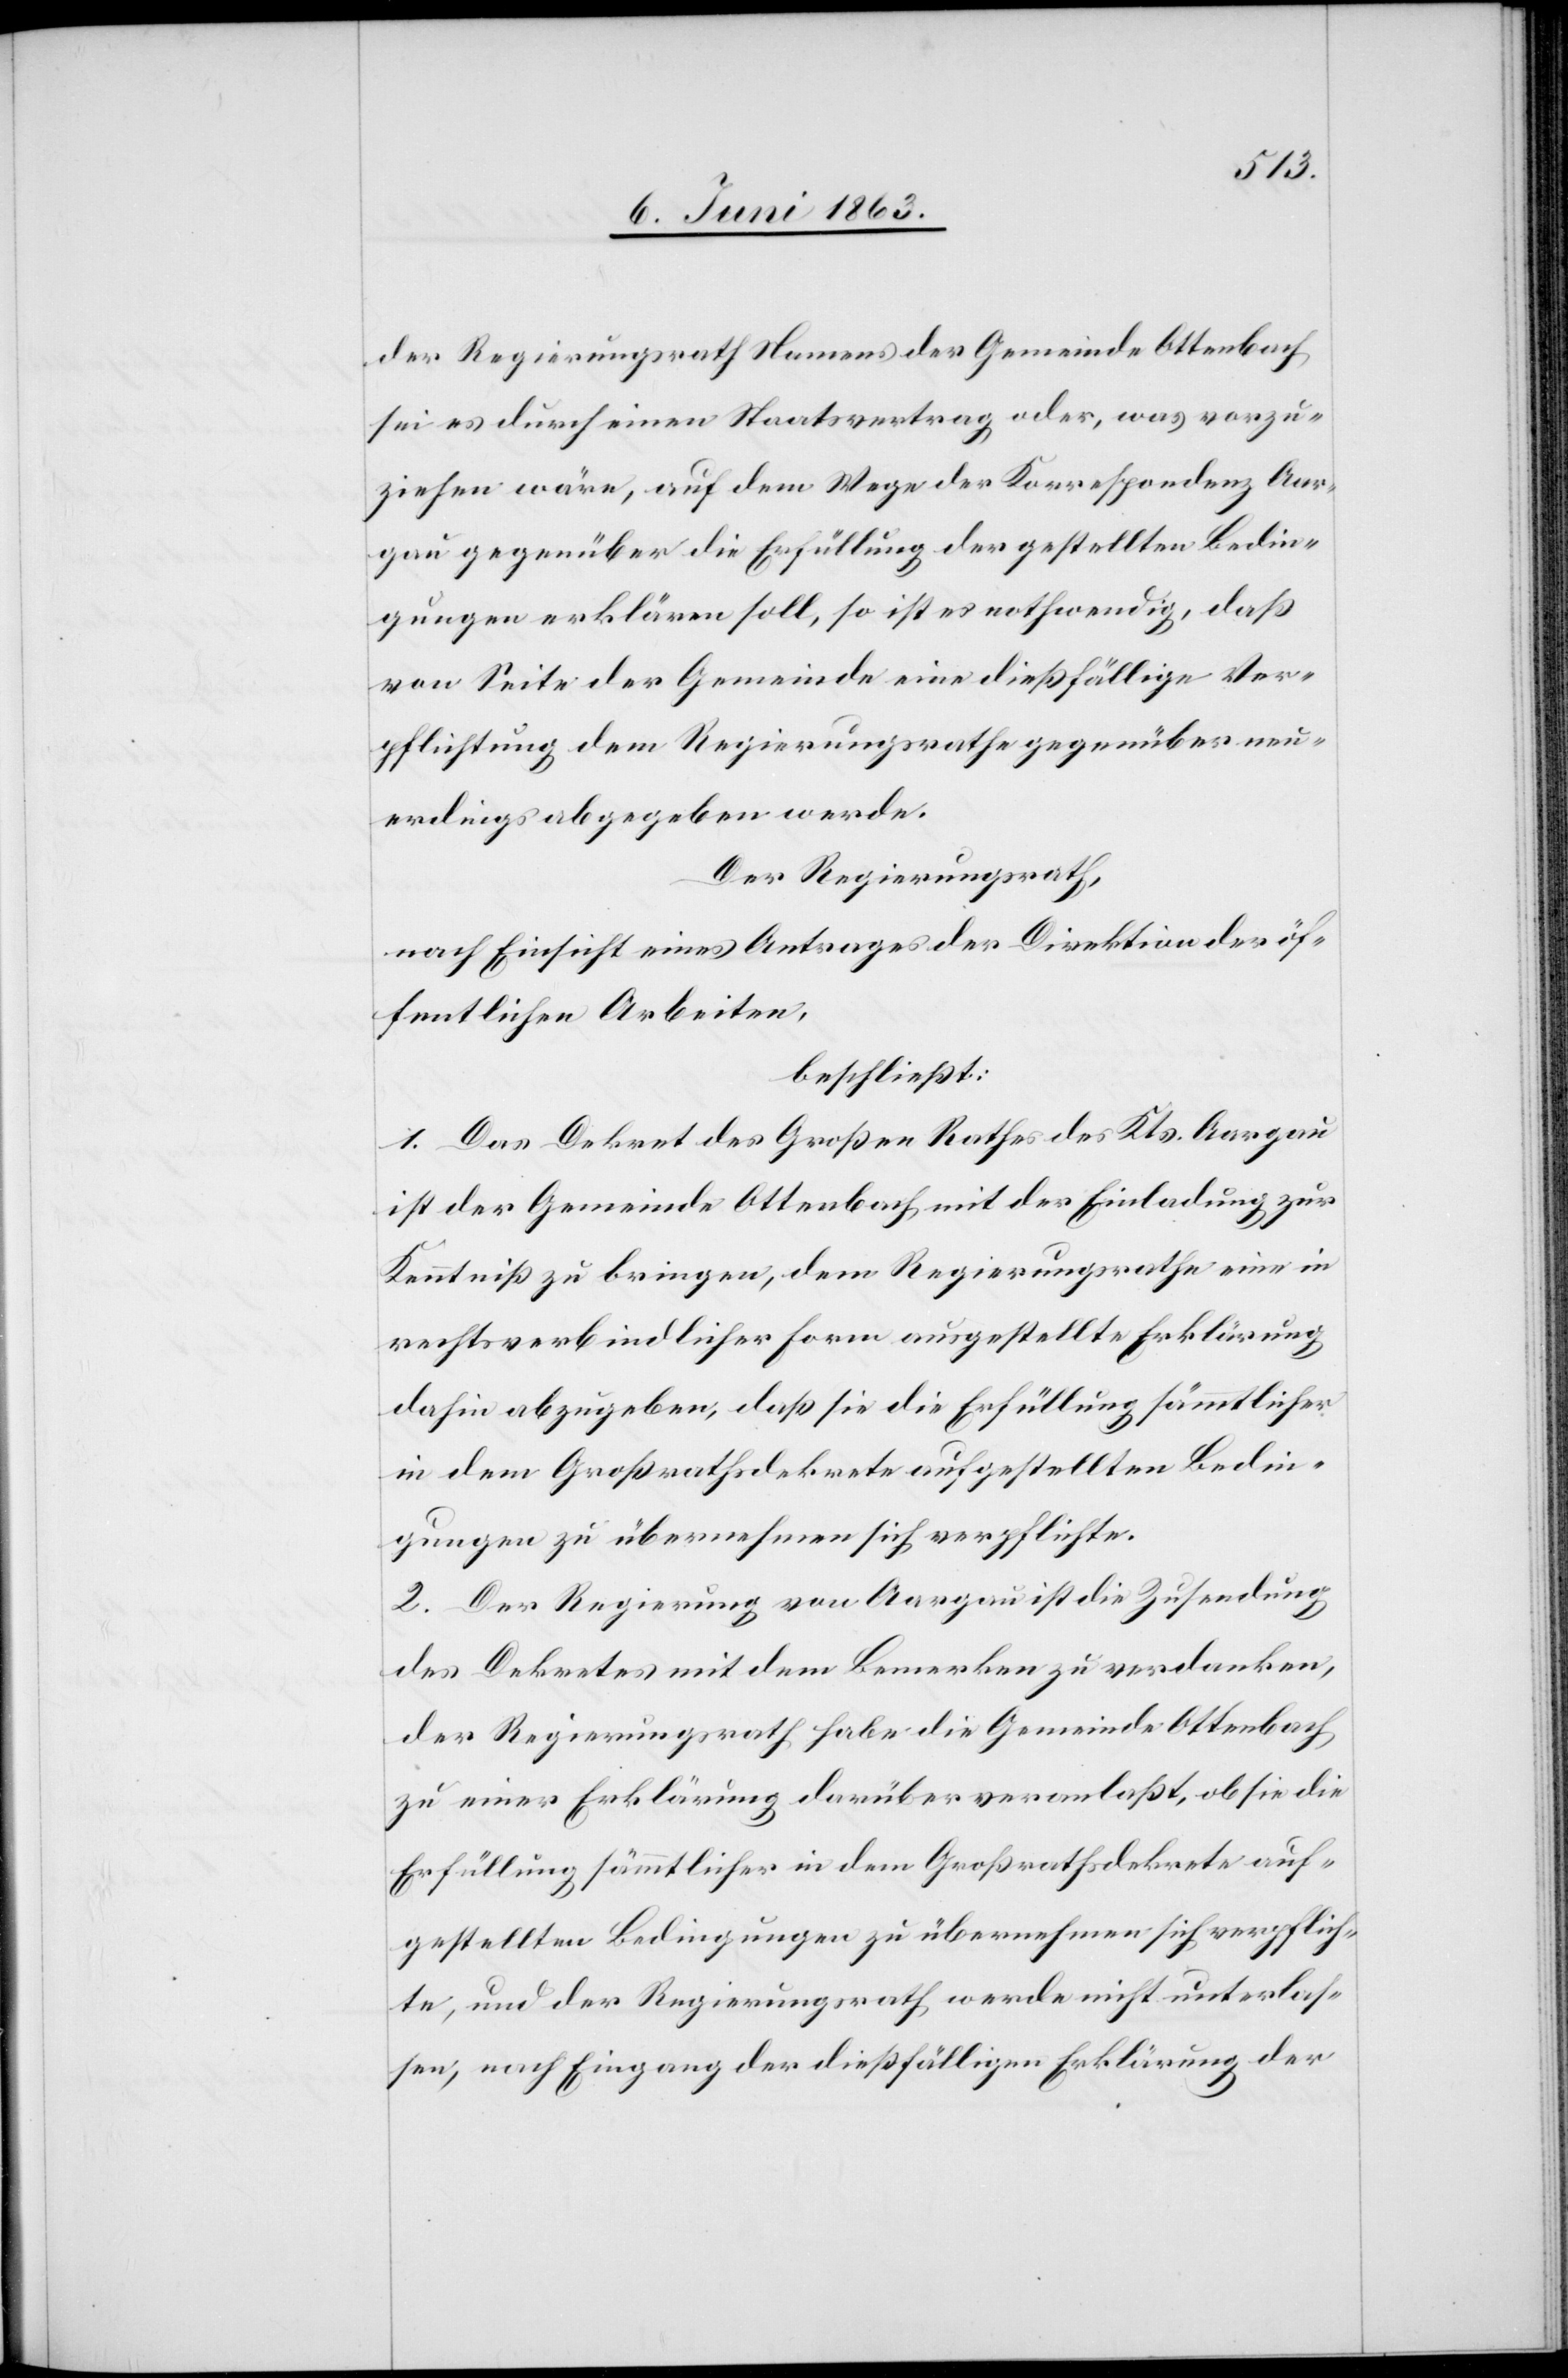
der Regierungsrath Namens der Gemeinde Ottenbach
sei es durch einen Staatsvertrag oder, was vorzu¬
ziehen wäre, auf dem Wege der Korrespondenz Aar¬
gau gegenüber die Erfüllung der gestellten Bedin¬
gungen erklären soll, so ist es nothwendig, daß
von Seite der Gemeinde eine dießfällige Ver¬
pflichtung dem Regierungsrathe gegenüber neu¬
erdings abgegeben werde.
Der Regierungsrath,
nach Einsicht eines Antrages der Direktion der öf¬
fentlichen Arbeiten,
beschließt:
1. Das Dekret des Großen Rathes des Kts. Aargau
ist der Gemeinde Ottenbach mit der Einladung zur
Kenntniß zu bringen, dem Regierungsrathe eine in
rechtsverbindlicher Form ausgestellte Erklärung
dahin abzugeben, daß sie die Erfüllung sämmtlicher
in dem Großrathsdekrete aufgestellten Bedin¬
gungen zu übernehmen sich verpflichte.
2. Der Regierung von Aargau ist die Zusendung
des Dekretes mit dem Bemerken zu verdanken,
der Regierungsrath habe die Gemeinde Ottenbach
zu einer Erklärung darüber veranlaßt, ob sie die
Erfüllung sämmtlicher in dem Großrathsdekrete auf¬
gestellten Bedingungen zu übernehmen sich verpflich¬
te, und der Regierungsrath werde nicht unterlas¬
sen, nach Eingang der dießfälligen Erklärung der